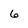
Character: 6